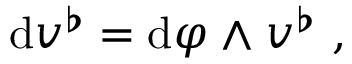
\begin{array} { r } { \mathrm { d } v ^ { \flat } = \mathrm { d } \varphi \wedge v ^ { \flat } \ , } \end{array}